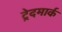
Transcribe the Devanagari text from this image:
ट्रेदमार्क